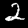
Label: 2